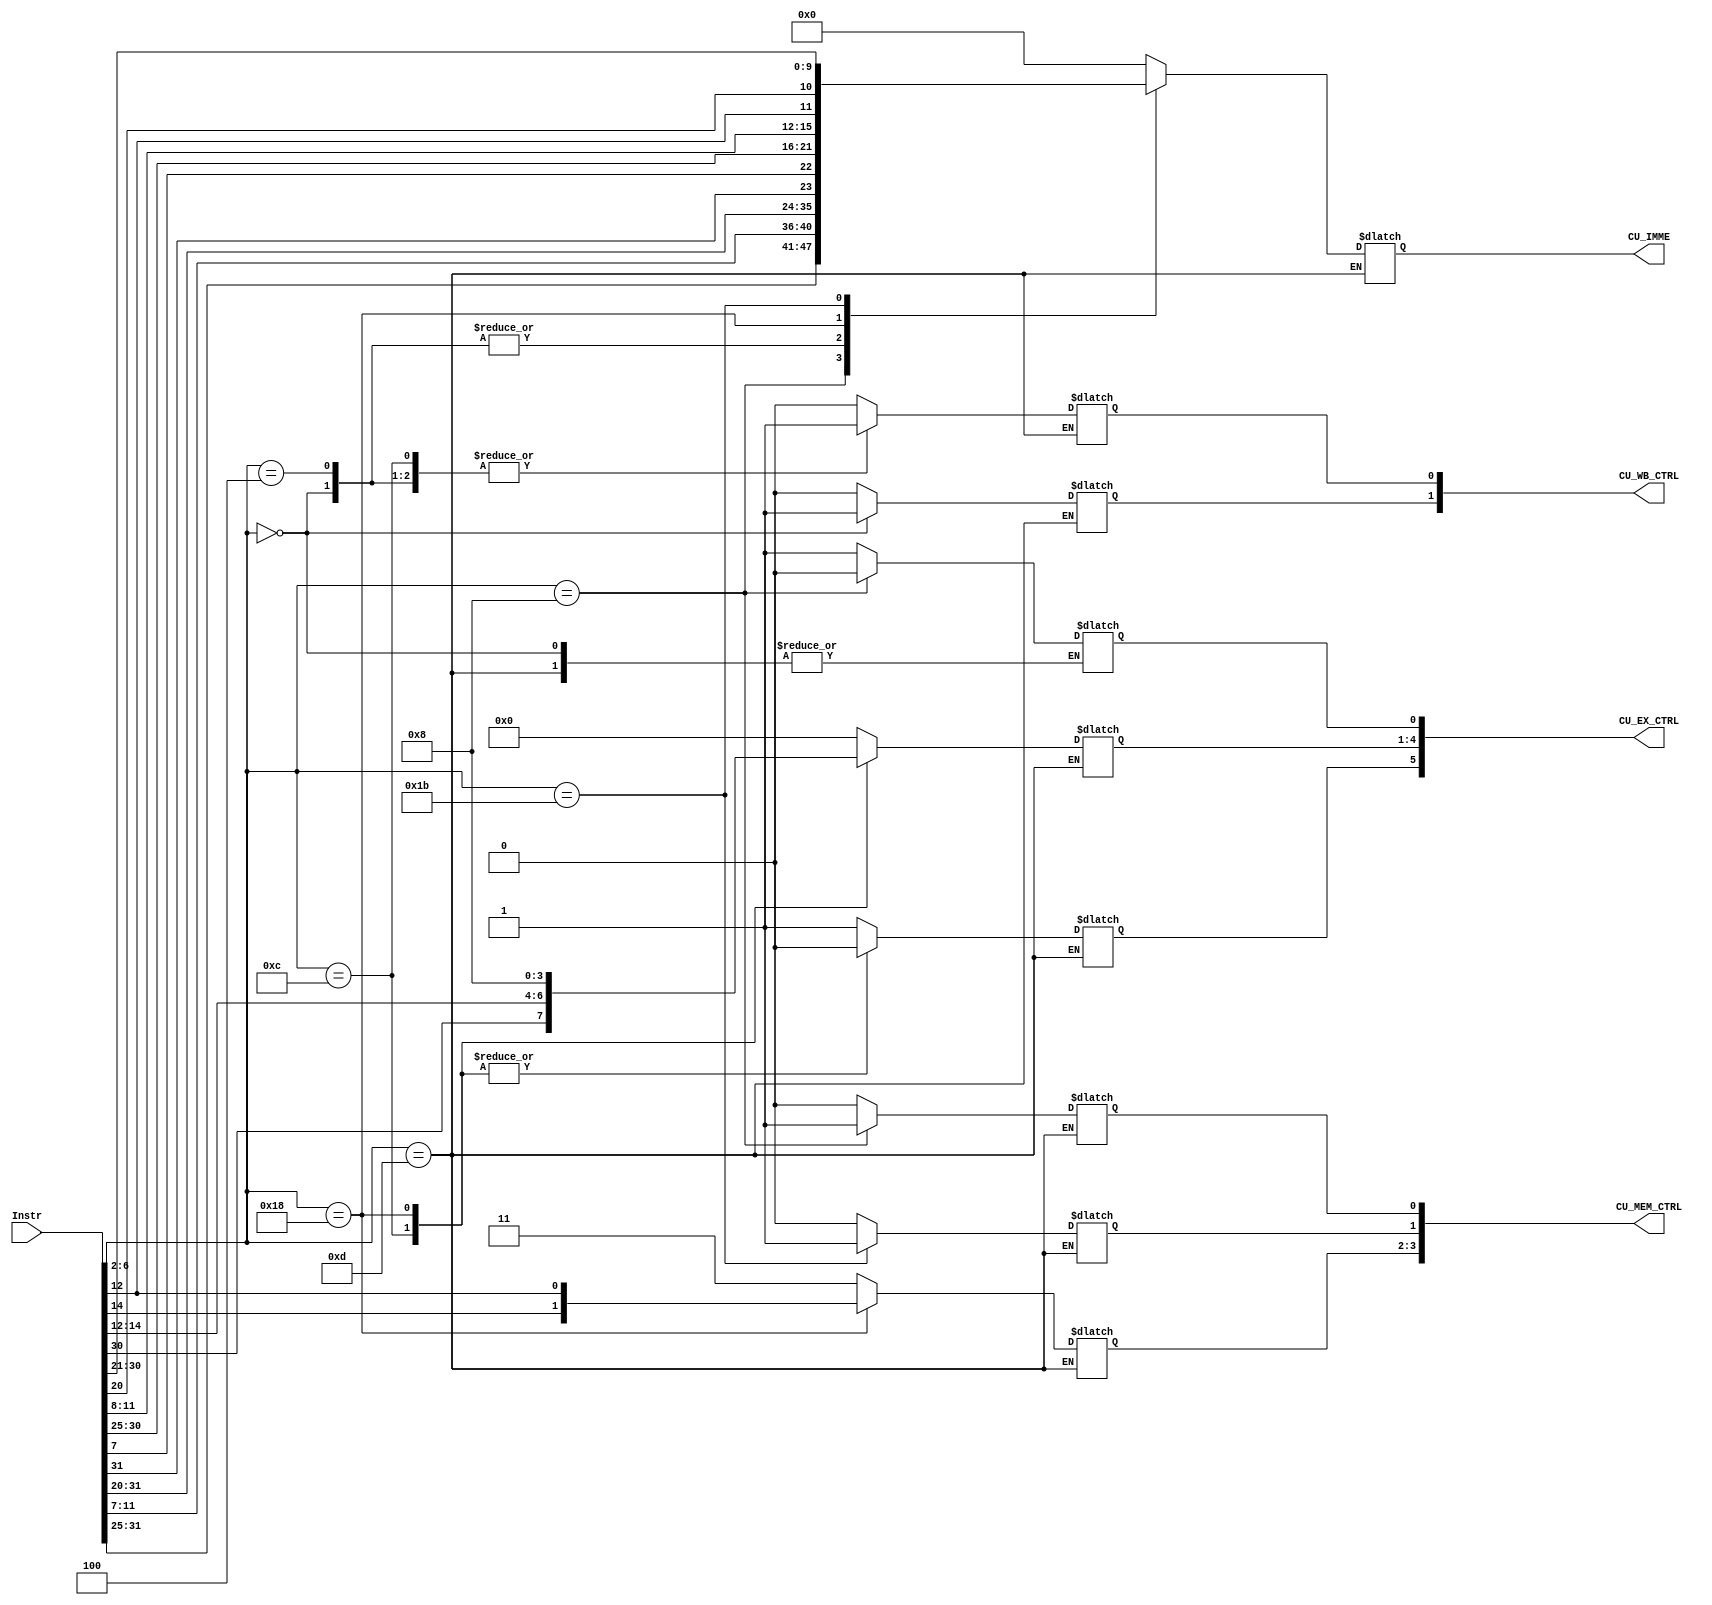
module ControlUnit(Instr,CU_EX_CTRL,CU_MEM_CTRL,CU_WB_CTRL,CU_IMME);
input [31:0] Instr;
output [5:0] CU_EX_CTRL;
output [3:0] CU_MEM_CTRL;
output [1:0] CU_WB_CTRL;
output [11:0] CU_IMME;

reg[11:0] CU_IMM;

//EX_stage control signal - 6bit
reg CU_ALUSrc;
reg [3:0]CU_ALU_OP;
reg CU_RegDst;
//MEM_stage control signal - 3bit
reg [1:0] CU_Branch;
reg CU_Jump;
reg CU_MemWrite;
//WB_stage control signal 
reg CU_MemtoReg, CU_RegWrite;

//control unit control signal
wire[4:0] OP_CODE;
wire[2:0] Funct3;

assign OP_CODE = Instr[6:2];
assign Funct3 = Instr[14:12];

// output signal
assign CU_EX_CTRL = {CU_ALUSrc, CU_ALU_OP, CU_RegDst};

assign CU_MEM_CTRL = {CU_Branch,CU_Jump,CU_MemWrite};

assign CU_WB_CTRL = {CU_MemtoReg, CU_RegWrite};

assign CU_IMME = CU_IMM;

always @(*)

begin
  case(OP_CODE)
  5'b00000: //LW neglect Funct3, do load double
  begin
    CU_IMM = Instr[31:20];
    CU_ALUSrc = 1; //Rs+IMME
    CU_ALU_OP = 4'b0000; //ALU add
    //CU_RegDst = 1;
    CU_MemWrite = 0;  //No need to write to the memeory
    CU_Branch = 2'b11; //No Branch
    CU_Jump = 0;  // No Jump
    CU_MemtoReg = 1; //ALU value
    CU_RegWrite = 1;  // write to the register

  end

  5'b01000: //SW neglect Funct3, do store double
  begin
    CU_IMM = {Instr[31:25], Instr[11:7]};
    CU_ALUSrc = 1; //Rs+IME    
    CU_ALU_OP = 4'b0000; //ALU add
    CU_RegDst = 0;
    CU_MemWrite = 1;
    CU_Branch = 2'b11;
    CU_Jump = 0;
    CU_MemtoReg = 0; //ALU value
    CU_RegWrite = 0;
  end

  5'b00100: //I-type ADDI
  begin
    CU_IMM = Instr[31:20];
    CU_ALUSrc = 1;
    CU_ALU_OP = 4'b0000; //ALU add
    CU_RegDst = 1;
    CU_MemWrite = 0;
    CU_Branch = 2'b11;
    CU_Jump = 0;
    CU_MemtoReg = 0; //ALU value
    CU_RegWrite = 1;
  end

  5'b01100://R_type
  begin
    CU_IMM = 12'b0000_0000_0000; 
    CU_ALUSrc = 0; //Rs+Rt
    CU_ALU_OP = {Instr[30],Instr[14:12]};
    CU_RegDst = 1;
    CU_MemWrite = 0;
    CU_Branch = 2'b11;
    CU_Jump = 0;
    CU_MemtoReg = 0; //ALU value
    CU_RegWrite = 1;
  end
  5'b01101:
  begin
    
  end

  5'b11000://BEQ BNE BLT
  begin
    CU_IMM = {Instr[31],Instr[7],Instr[30:25],Instr[11:8]};
    CU_ALUSrc = 0; //rs rt
    CU_ALU_OP = 4'b1000; //---
    CU_RegDst = 1; //---
    CU_MemWrite = 0;
    CU_Branch = {Instr[14],Instr[12]};
    CU_Jump = 0;
    CU_MemtoReg = 0; //ALU value
    CU_RegWrite = 0;
  end

  5'b11011://JUMP
  begin
  //only use lower 12 bit
    CU_IMM = {Instr[12],Instr[20],Instr[30:21]};// Instr[31],Instr[19:12],Instr[20],Instr[30:21]  [20:1]
    CU_ALUSrc = 1;
    CU_ALU_OP = 4'b0000;
    CU_RegDst = 1;
    CU_MemWrite = 0;
    CU_Branch = 2'b11;
    CU_Jump = 1;
    CU_MemtoReg = 0; //ALU value
    CU_RegWrite = 0;
  end

  default:
  begin
    CU_IMM = 12'b0000_0000_0000;// Instr[31],Instr[19:12],Instr[20],Instr[30:21]  [20:1]
    CU_ALUSrc = 1;
    CU_ALU_OP = 4'b0000;
    CU_RegDst = 1;
    CU_MemWrite = 0;
    CU_Branch = 2'b11;
    CU_Jump = 0;
    CU_MemtoReg = 0; //ALU value
    CU_RegWrite = 0;
  
  end

endcase

end
endmodule